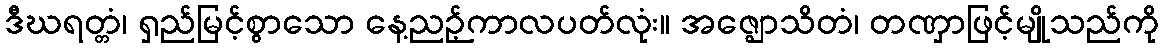
ဒီဃရတ္တံ၊ ရှည်မြင့်စွာသော နေ့ညဉ့်ကာလပတ်လုံး။ အဇ္ဈောသိတံ၊ တဏှာဖြင့်မျိုသည်ကို